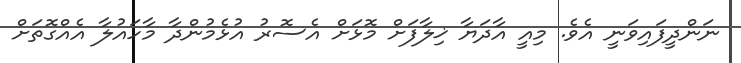
ނަންދީފައިވަނީ އެވެ. މިއީ އާދަޔާ ޚިލާފަށް މޮޅަށް އެސޮރު އުޅެމުންދާ މާހައުލާ އެއްގޮތަށް